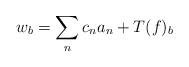
LaTeX: \begin{align*}w_b = \sum_{n} c_n a_n + T(f)_b\end{align*}